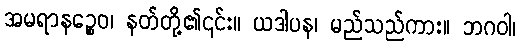
အမရာနဉ္စေဝ၊ နတ်တို့၏၎င်း။ ယဒါပန၊ မည်သည်ကား။ ဘဂဝါ၊